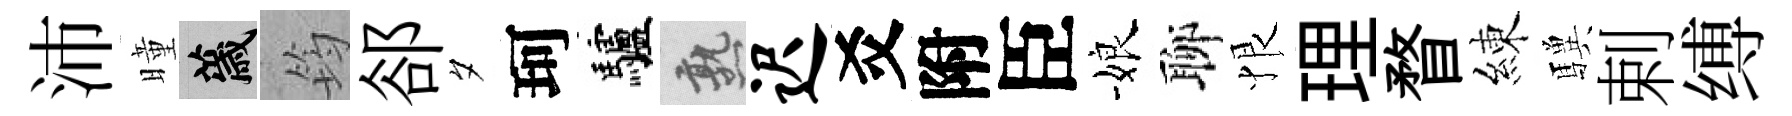
沛曈薉筠郤夕珂驢熟迟爻附臣娘聊恨理瞀練驥剌缚